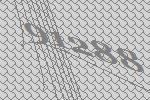
91288